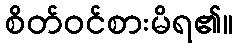
စိတ်ဝင်စားမိရ၏။